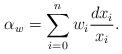
LaTeX: \begin{align*}\alpha_w = \sum_{i=0}^{n} w_i\frac{dx_i}{x_i} .\end{align*}